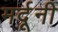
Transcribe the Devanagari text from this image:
मर्दूनी